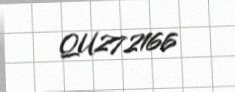
QU272166